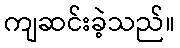
ကျဆင်းခဲ့သည်။